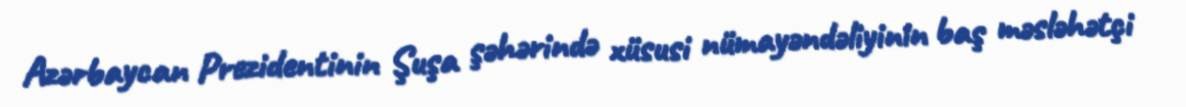
Azərbaycan Prezidentinin Şuşa şəhərində xüsusi nümayəndəliyinin baş məsləhətçi